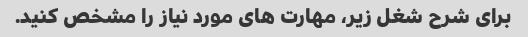
برای شرح شغل زیر، مهارت های مورد نیاز را مشخص کنید.